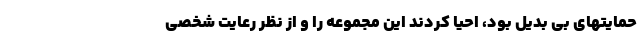
حمایتهای بی بدیل بود، احیا کردند این مجموعه را و از نظر رعایت شخصی